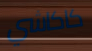
كاكاشي